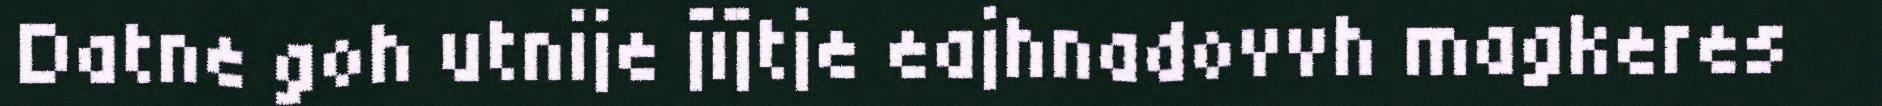
Datne goh utnije jïjtje eajhnadovvh magkeres